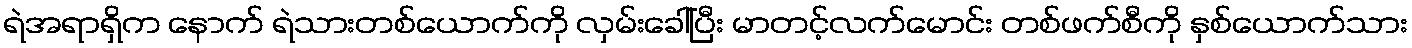
ရဲအရာရှိက နောက် ရဲသားတစ်ယောက်ကို လှမ်းခေါ်ပြီး မာတင့်လက်မောင်း တစ်ဖက်စီကို နှစ်ယောက်သား